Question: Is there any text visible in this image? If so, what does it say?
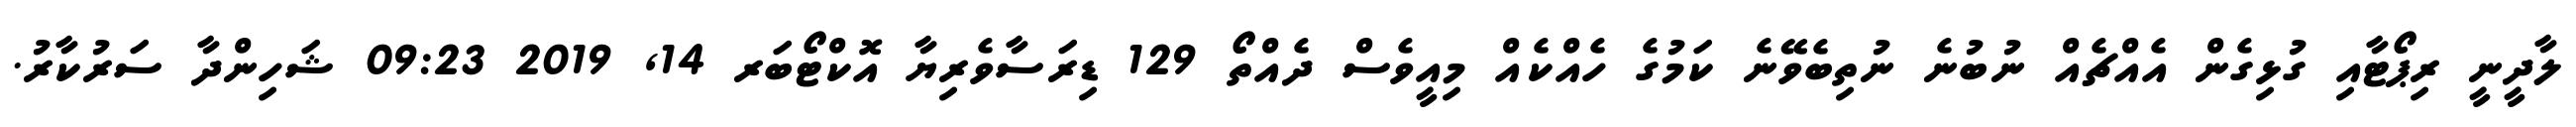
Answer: ލާދީނީ ރިޕޯޓާއި ގުޅިގެން އެއްޗެއް ނުބުނެ ނުތިބެވޭނެ ކަމުގެ ހެއްކެއް މިއީވެސް ދެއްތޯ 129 ޑިރަސާވެރިޔާ އޮކްޓޯބަރ 14, 2019 09:23 ޝަހިންދާ ސަރުކާރު.